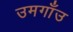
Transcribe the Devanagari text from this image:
उमगाँउ